Lunatic asylums Central Provinces reports 1874-1885 - 1874-1885
Year: 1874
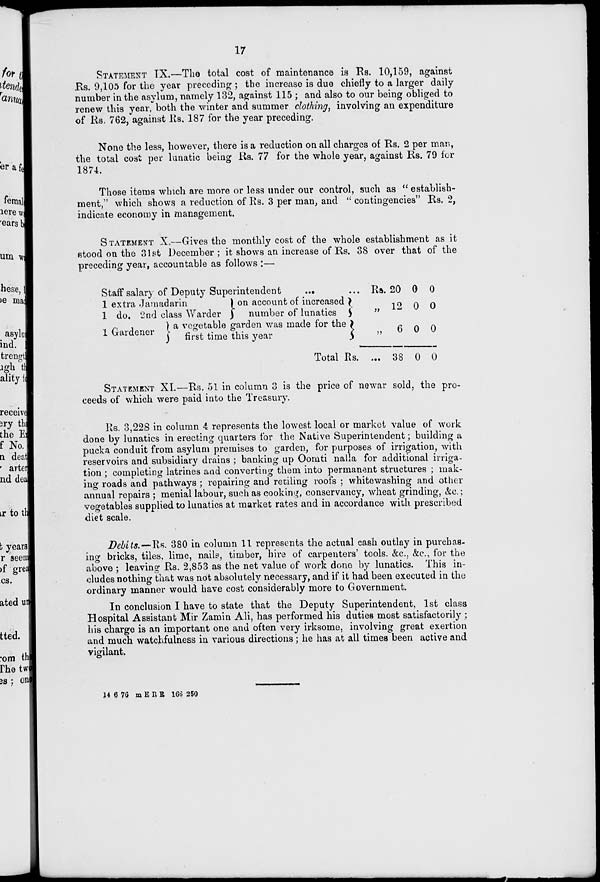
17
STATEMENT IX.—The total cost of maintenance is Rs. 10,159, against
Rs. 9,105 for the year preceding ; the increase is due chiefly to a larger daily
number in the asylum, namely 132, against 115 ; and also to our being obliged to
renew this year, both the winter and summer clothing, involving an expenditure
of Rs. 762, against Rs. 187 for the year preceding.
None the less, however, there is a reduction on all charges of Rs. 2 per man,
the total cost per lunatic being Rs. 77 for the whole year, against Rs. 79 for
1874.
Those items which are more or less under our control, such as " establish-
ment," which shows a reduction of Rs. 3 per man, and " contingencies" Rs. 2,
indicate economy in management.
STATEMENT X.—Gives the monthly cost of the whole establishment as it
stood on the 31st December; it shows an increase of Rs. 38 over that of the
preceding year, accountable as follows :—
Staff salary of Deputy Superintendent
...
...
1 extra Jamadarin
1 do. 2nd class Warder
1 Gardener
on account of increased
number of lunatics
a vegetable garden was made for the
first time this year
Rs.
„
„
Total Rs. ...
20
12
6
38
0
0
0
0
0
0
0
0
STATEMENT XI.—Rs. 51 in column 3 is the price of newar sold, the pro-
ceeds of which were paid into the Treasury.
Rs. 3,228 in column 4 represents the lowest local or market value of work
done by lunatics in erecting quarters for the Native Superintendent ; building a
pucka conduit from asylum premises to garden, for purposes of irrigation, with
reservoirs and subsidiary drains ; banking up Oomti nalla for additional irriga-
tion ; completing latrines and converting them into permanent structures ; mak-
ing roads and pathways ; repairing and retiling roofs ; whitewashing and other
annual repairs ; menial labour, such as cooking, conservancy, wheat grinding, &c. ;
vegetables supplied to lunatics at market rates and in accordance with prescribed
diet scale.
Debits.—Rs. 380 in column 11 represents the actual cash outlay in purchas-
ing bricks, tiles, lime, nails, timber, hire of carpenters' tools. &c, &c, for the
above ; leaving Rs. 2,853 as the net value of work done by lunatics. This in-
cludes nothing that was not absolutely necessary, and if it had been executed in the
ordinary manner would have cost considerably more to Government.
In conclusion I have to state that the Deputy Superintendent, 1st class
Hospital Assistant Mir Zamin Ali, has performed his duties most satisfactorily ;
his charge is an important one and often very irksome, involving great exertion
and much watchfulness in various directions ; he has at all times been active and
vigilant.
14 6 76 m E R R 166 250